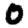
Digit: 0